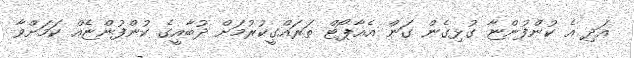
އަދި އެ ކުންފުންޏާ ގުޅިގެން ގަން އެއާޕޯޓް ތަރައްގީކުރުމަށް ދުބާއީގެ ކުންފުންޏެއް ކަމަށްވާ